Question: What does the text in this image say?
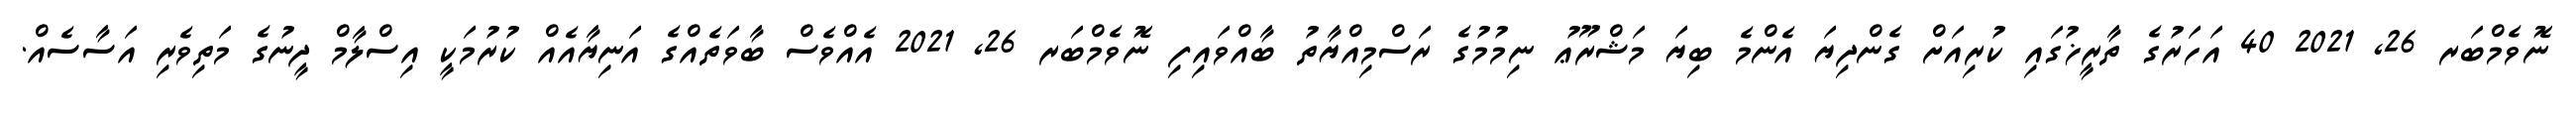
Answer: ނޮވެމްބަރ 26, 2021 40 އަހަރުގެ ތާރީޚުގައި ކުރިއަށް ގެންދިޔަ އެންމެ ބިޔަ މަޝްރޫޢު ނިމުމުގެ ރަސްމިއްޔާތު ބާއްވައިފި ނޮވެމްބަރ 26, 2021 އެއްވެސް ބާވަތެއްގެ އަނިޔާއެއް ކުރުމަކީ އިސްލާމް ދީނުގެ މަތިވެރި އަސާސެއް.